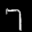
Label: 7